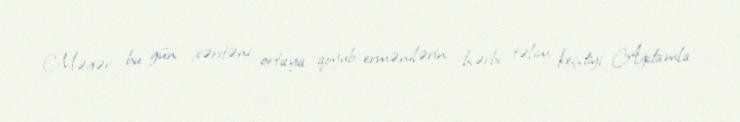
Məgər bu gün xəritəni ortaya qoyub ermənilərin hərbi təlim keçdiyi Ağdamla